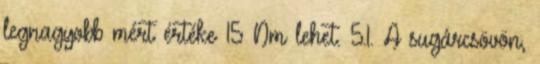
legnagyobb mért értéke 15 Nm lehet. 5.1. A sugárcsövön,